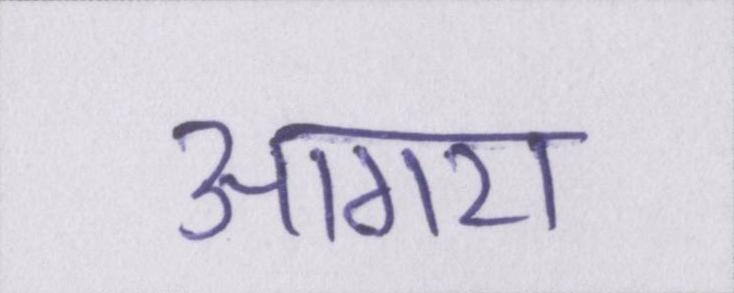
आगरा